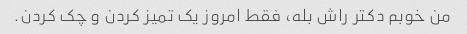
من خوبم دکتر راش بله، فقط امروز یک تمیز کردن و چک کردن.